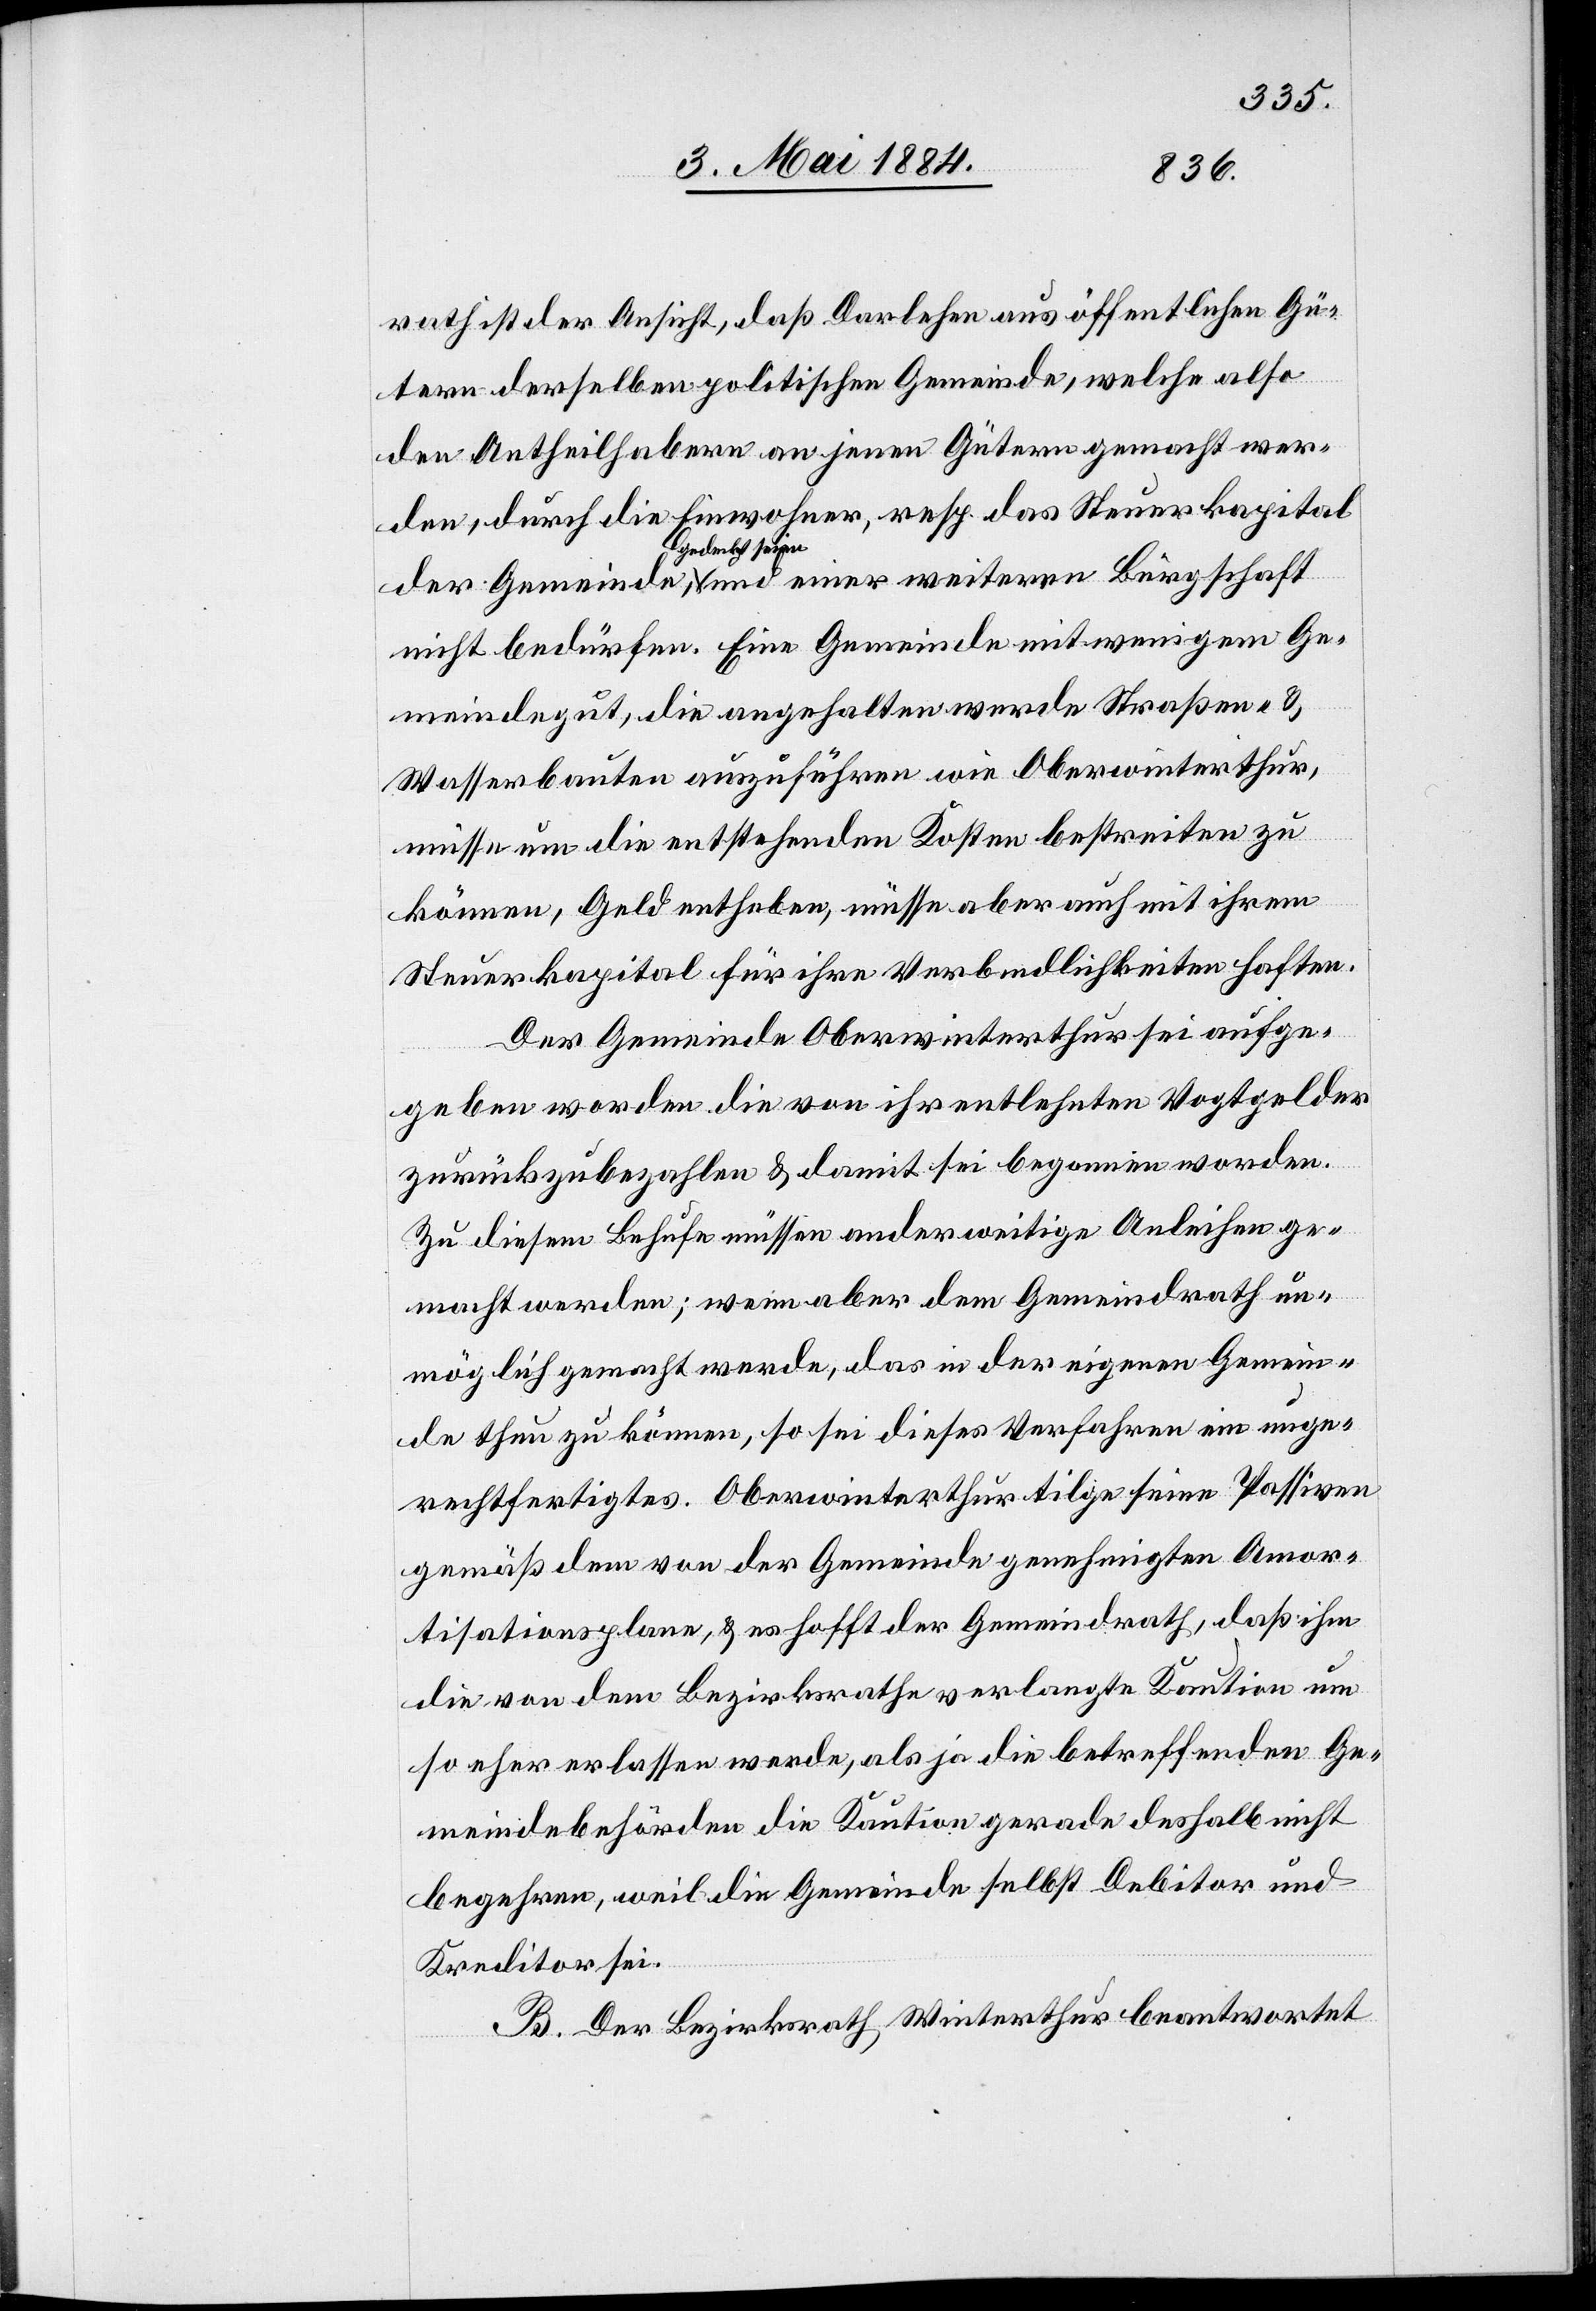
rath ist der Ansicht, daß Darlehen aus öffentlichen Gü¬
tern derselben politischen Gemeinde, welche also
den Antheilhabern an jenen Gütern gemacht wer¬
den, durch die Einwohner, resp. das Steuerkapital
gedeckt seien
nicht bedürfen. Eine Gemeinde mit wenigem Ge¬
meindegut, die angehalten werde Straßen- &
Wasserbauten auszuführen wie Oberwinterthur,
müsse um die entstehenden Kosten bestreiten zu
können, Geld entheben, müsse aber auch mit ihrem
Steuerkapital für ihre Verbindlichkeiten haften.
Der Gemeinde Oberwinterthur sei aufge¬
geben worden die von ihr entlehnten Vogtgelder
zurückzubezahlen & damit sei begonnen worden.
Zu diesem Behufe müssen anderweitige Anleihen ge¬
macht werden; wenn aber dem Gemeindrath un¬
möglich gemacht werde, das in der eigenen Gemein¬
de thun zu können, so sei dieses Verfahren ein unge¬
rechtfertigtes. Oberwinterthur tilge seine Passiven
gemäß dem von der Gemeinde genehmigten Amor¬
tisationsplane, & es hofft der Gemeindrath, daß ihm
die von dem Bezirksrathe verlangte Kaution um
so eher erlassen werde, als ja die betreffenden Ge¬
meindebehörden die Kaution gerade deshalb nicht
begehren, weil die Gemeinde selbst Debitor und
Kreditor sei.
B. Der Bezirksrath Winterthur beantwortet